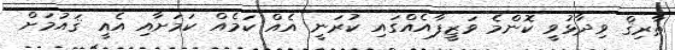
ޠާރިޤް ވިދާޅުވީ ކޮންމެ ވަޒީފާއެއްގައި ކުރަނީ އެއް ކަމެއް ކަމަށާއި އެއީ ޤައުމަށް